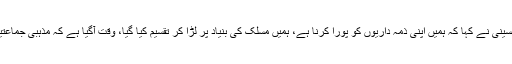
مولانا محمود الحسینی نے کہا کہ ہمیں اپنی ذمہ داریوں کو پورا کرنا ہے، ہمیں مسلک کی بنیاد پر لڑا کر تقسیم کیا گیا، وقت آگیا ہے کہ مذہبی جماعتیں ایک ہو جائیں۔